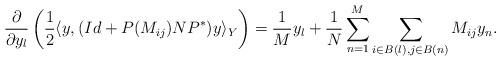
LaTeX: \begin{align*}\frac{\partial}{\partial y_l} \left( \frac{1}{2} \langle y , (Id+ P(M_{ij})NP^* )y \rangle_Y \right) = \frac{1}{M} y_l + \frac{1}{N} \sum_{n=1}^M \sum_{i \in B(l), j \in B(n)} M_{ij} y_n. \end{align*}